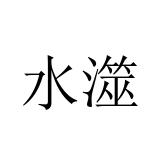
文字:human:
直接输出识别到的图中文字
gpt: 水澨